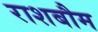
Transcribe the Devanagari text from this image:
राशबौम